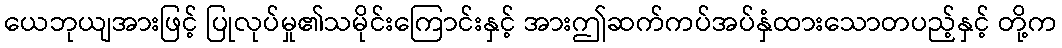
ယေဘုယျအားဖြင့် ပြုလုပ်မှု၏သမိုင်းကြောင်းနှင့် အားဤဆက်ကပ်အပ်နှံထားသောတပည့်နှင့် တို့က